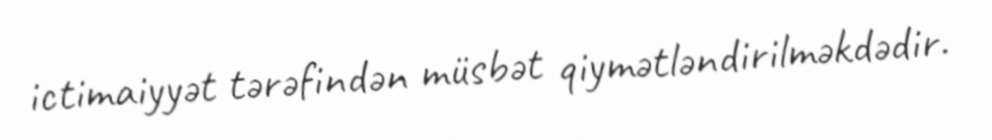
ictimaiyyət tərəfindən müsbət qiymətləndirilməkdədir.